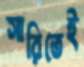
সারিতেই